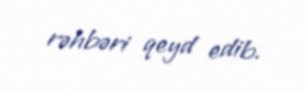
rəhbəri qeyd edib.